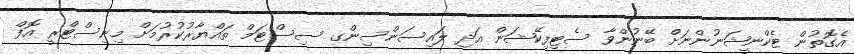
އެގޮތުން ޓެކްނީޝަނުންނަށް ބޭނުންވާ ސެޓިފިކޭޝަން އަދި ލައިސަންސިންގ ސިސްޓަމް ތައްޔާރުކުރުމަށް މިނިސްޓްރީ އޮފް